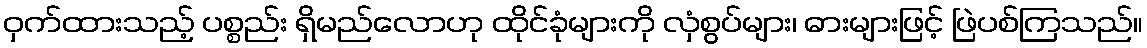
ဝှက်ထားသည့် ပစ္စည်း ရှိမည်လောဟု ထိုင်ခုံများကို လှံစွပ်များ၊ ဓားများဖြင့် ဖြဲပစ်ကြသည်။